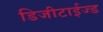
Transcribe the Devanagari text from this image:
डिजीटाईज्‍ड